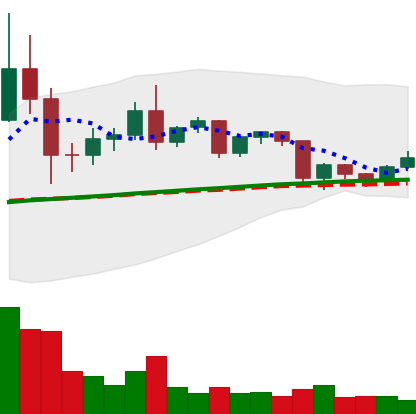
Ticker: TRX-USD
Chart end date: 2020-12-13
Forward return: 6.61%
Label: up_5_7